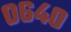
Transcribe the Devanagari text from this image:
०६४०